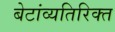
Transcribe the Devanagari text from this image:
बेटांव्यतिरिक्त